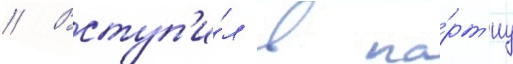
// Вступ'и́л в па́рт'иу